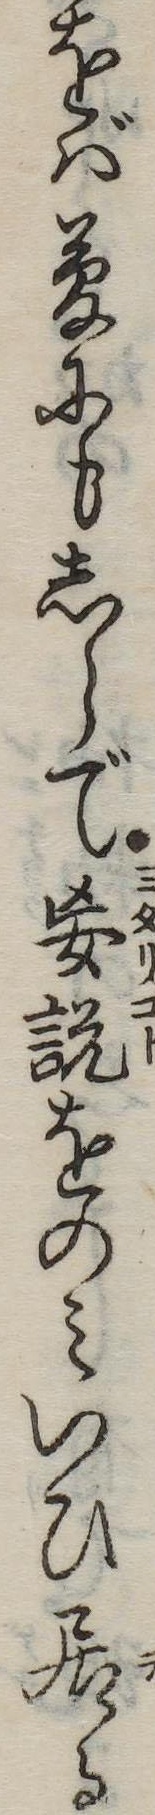
をば夢にもしらで妄説をのみいひ居る